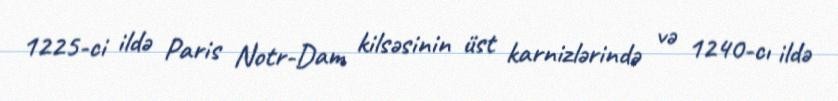
1225-ci ildə Paris Notr-Dam kilsəsinin üst karnizlərində və 1240-cı ildə